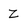
Character: z